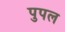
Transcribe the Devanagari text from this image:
पुपल